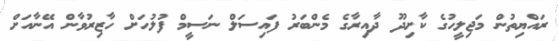
ރައްޔިތުން މަޖިލީހުގެ ކާށިދޫ ދާއިރާގެ މެންބަރު ފައިސަލް ނަސީމް ފުލުހަށް ހާޒިރުވާން އޭނާއަށް